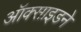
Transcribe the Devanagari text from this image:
ऑक्साइडने